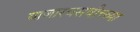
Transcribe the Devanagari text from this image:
बाजारबसवीच्च्या